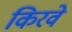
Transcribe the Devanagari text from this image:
किरवे